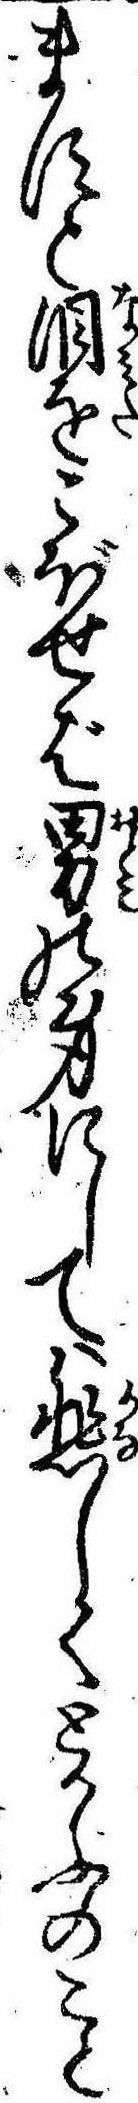
ますと涙をこぼせば男の身にしては悲しくとかふのこと